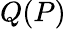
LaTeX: Q(P)